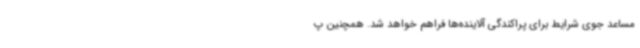
مساعد جوی شرایط برای پراکندگی آلاینده‌ها فراهم خواهد شد. همچنین پ